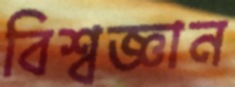
বিশ্বজ্ঞান